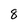
Character: 8